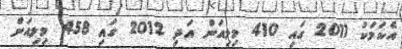
އެކަމަކު 2011 ގައި 410 މިލިއަން އަދި 2012 ގައި 458 މިލިއަން